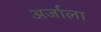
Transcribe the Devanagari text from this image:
अर्जाला